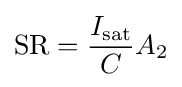
\mathrm {SR} ={\frac {I_{\mathrm {sat} }}{C}}A_{2}